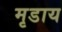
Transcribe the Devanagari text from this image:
मृडाय